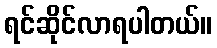
ရင်ဆိုင်လာရပါတယ်။